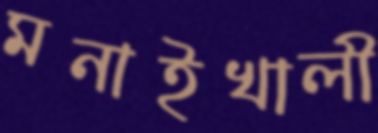
মনাইখালী